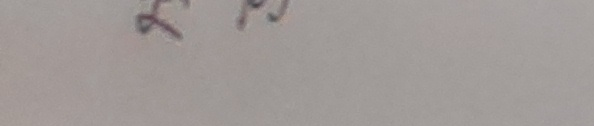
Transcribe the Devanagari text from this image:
२ प्रि